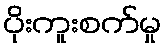
ပိုးကူးစက်မှု